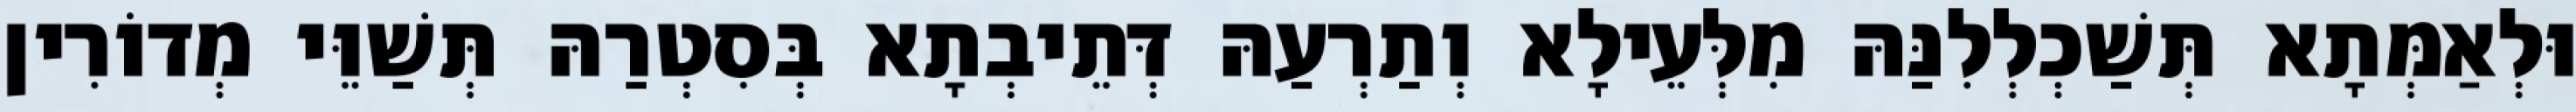
וּלְאַמְּתָא תְּשַׁכְלְלִנַּהּ מִלְּעֵילָא וְתַרְעַהּ דְּתֵיבְתָא בְּסִטְרַהּ תְּשַׁוֵּי מְדוֹרִין